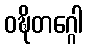
ဝဍ္ဎိတဂ္ဂေါ